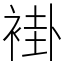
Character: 褂